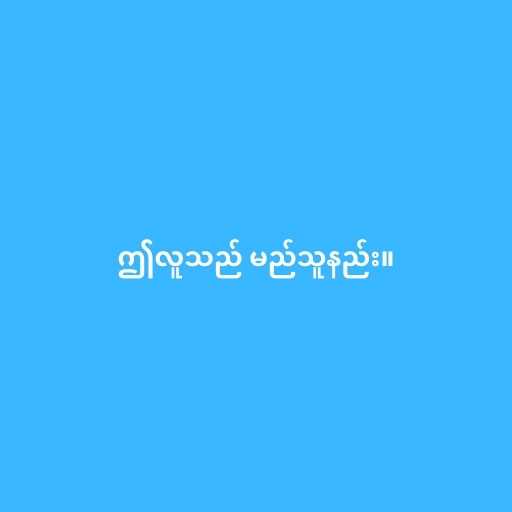
ဤလူသည် မည်သူနည်း။